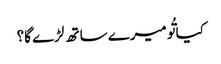
کیا تُو میرے ساتھ لڑے گا؟